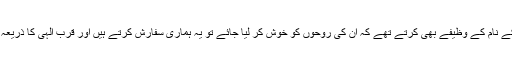
ان کے نام کے وظیفے بھی کرتے تھے کہ ان کی روحوں کو خوش کر لیا جائے تو یہ ہماری سفارش کرتے ہیں اور قربِ الٰہی کا ذریعہ ہیں۔